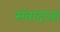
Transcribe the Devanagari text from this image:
संवादाता